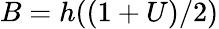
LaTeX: B=h((1+U)/2)